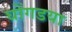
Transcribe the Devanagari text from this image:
घोंगडया